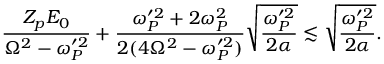
\frac { Z _ { p } E _ { 0 } } { \Omega ^ { 2 } - \omega _ { P } ^ { \prime 2 } } + \frac { \omega _ { P } ^ { \prime 2 } + 2 \omega _ { P } ^ { 2 } } { 2 ( 4 \Omega ^ { 2 } - \omega _ { P } ^ { \prime 2 } ) } \sqrt { \frac { \omega _ { P } ^ { \prime 2 } } { 2 \alpha } } \lesssim \sqrt { \frac { \omega _ { P } ^ { \prime 2 } } { 2 \alpha } } .